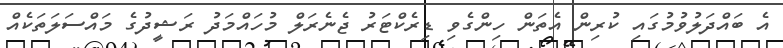
އެ ބައްދަލުވުމުގައި ކުރިން އެތަން ހިންގެވި ޑިރެކްޓަރު ޖެނެރަލް މުހައްމަދު ރަޝީދުގެ މައްސަލަތަކެއް